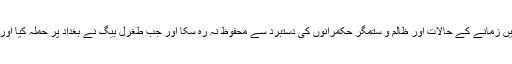
اہل بیت ؑ کایہ عظیم علمی ورثہ جو ان اصول اربعماۃ پر مشتمل تھا ان ہی میں دعائوں کی کتب بھی شامل تھیں زمانے کے حالات اور ظالم و ستمگر حکمرانوں کی دستبرد سے محفوظ نہ رہ سکا اور جب طغرل بیگ نے بغداد پر حملہ کیا اور متعدد کتب خانے جلادیے گئے تو اس عظیم علمی سرمایے کے ایک بڑے حصے سے ہم محروم ہو گئے ۔